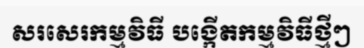
សរសេរកម្មវិធី បង្កើតកម្មវិធីថ្មីៗ